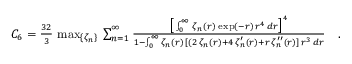
\begin{array} { r } { C _ { 6 } = \frac { 3 2 } { 3 } \, \operatorname* { m a x } _ { \{ \zeta _ { n } \} } \, \sum _ { n = 1 } ^ { \infty } \frac { \big [ \int _ { 0 } ^ { \infty } \, \zeta _ { n } ( r ) \, \exp ( - r ) \, r ^ { 4 } \, d r \big ] ^ { 4 } } { 1 - \int _ { 0 } ^ { \infty } \zeta _ { n } ( r ) \, [ ( 2 \, \zeta _ { n } ( r ) + 4 \, \zeta _ { n } ^ { \prime } ( r ) + r \, \zeta _ { n } ^ { \prime \prime } ( r ) ] \, r ^ { 3 } \, d r } \quad . } \end{array}